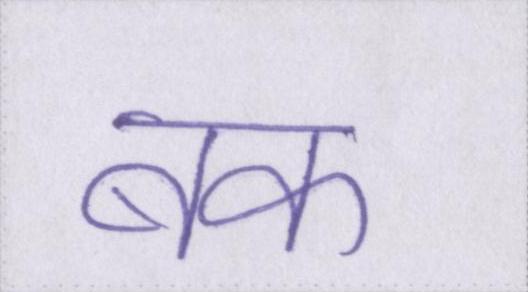
बक